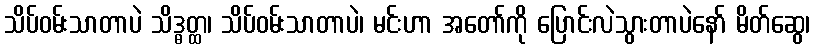
သိပ်ဝမ်းသာတာပဲ သိဒ္ဓတ္ထ၊ သိပ်ဝမ်းသာတာပဲ၊ မင်းဟာ အတော်ကို ပြောင်းလဲသွားတာပဲနော် မိတ်ဆွေ၊